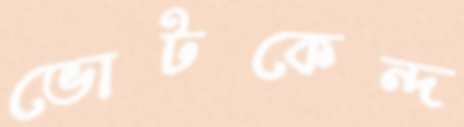
ভোটকেন্দ